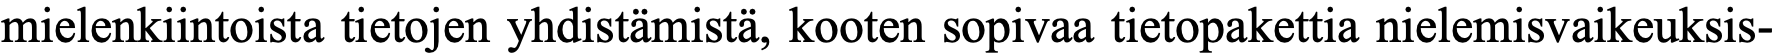
mielenkiintoista tietojen yhdistämistä, kooten sopivaa tietopakettia nielemisvaikeuksis-